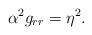
\begin{align*} \alpha^2 g_{rr}=\eta^2.\end{align*}